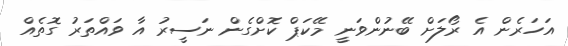
އަހަރެން އެ ރޯލަށް ބޭނުންވަނީ މޭކަޕް ކޮށްގެން ނަސީރު އާ ވައްތަރު ގޮތެއް